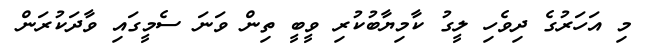
މި އަހަރުގެ ދިވެހި ލީގު ކާމިޔާބުކުރި ވީބީ ތިން ވަނަ ސެމީގައި ވާދަކުރަން